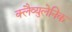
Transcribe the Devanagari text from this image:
क्लैव्युलेनिक